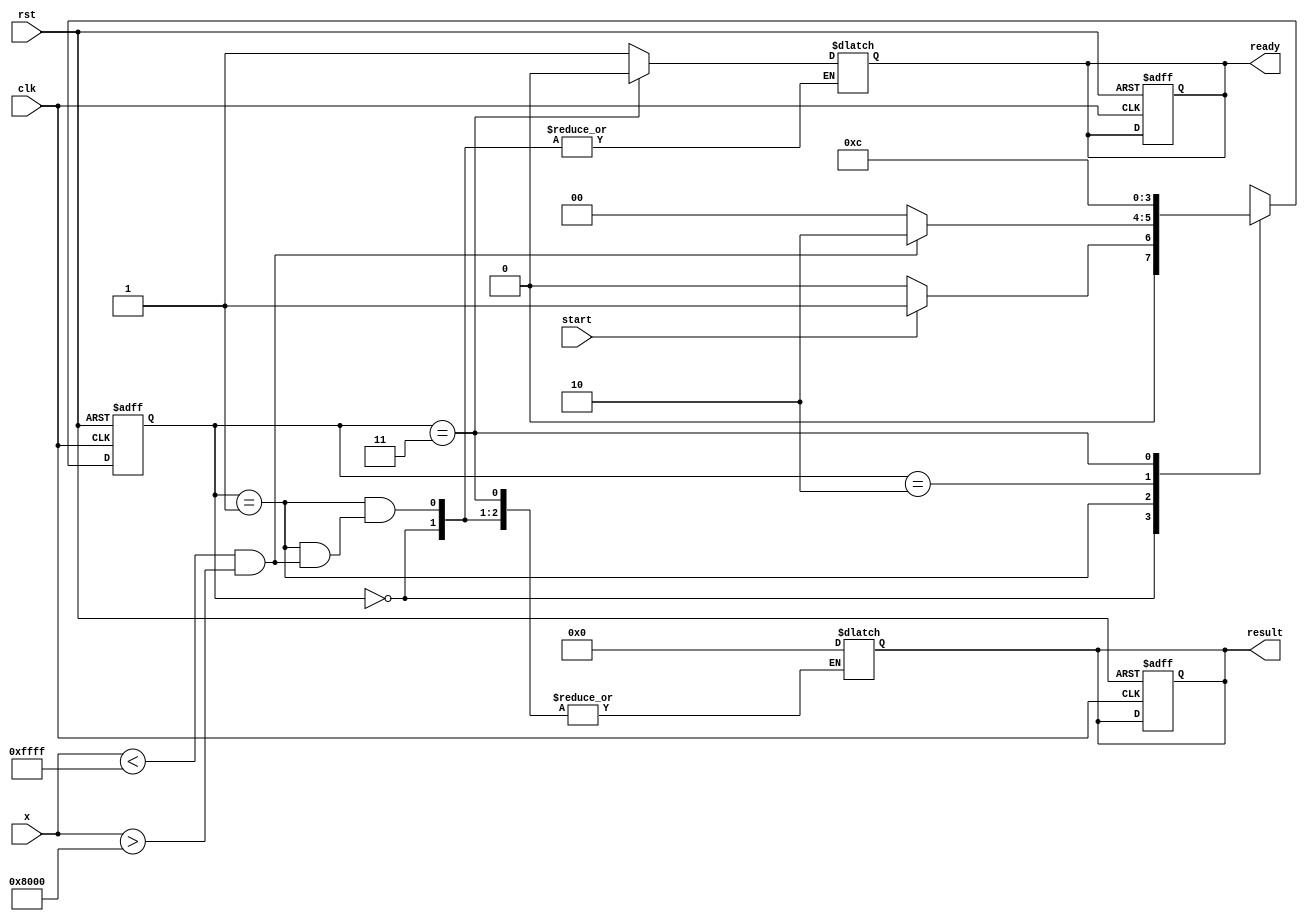
module atanh (
    input        clk,
    input        rst,
    input  [15:0] x,        //  Fixed-point input [1.15] (-1 < x < 1)
    input        start,
    output reg [15:0] result, // [1.15] output of atanh(x)
    output reg ready          // Output is ready
);
    
    parameter STATE_IDLE     = 2'b00,
              STATE_CHECK    = 2'b01,
              STATE_COMPUTE  = 2'b10,
              STATE_OUTPUT    = 2'b11;
    
    reg [1:0] state, next_state;
    
    wire signed [16:0] sum;        // 1 + x
    wire signed [16:0] diff;       // 1 - x
    wire [31:0] div_result;         // Division result (27.5)
    wire [15:0] log_result;         // Logarithm result
    wire [15:0] scaled_log;         // Result after scaling by 0.5
    
    assign sum = x + 16'h0001;          // Compute 1 + x
    assign diff = 16'h0001 - x;         // Compute 1 - x
    
    // Division logic (Fixed point [1.15] -> [3.13])
    assign div_result = (sum * 16'h0001) / (diff + 16'h0001); // avoid division by zero error

    // Placeholder Logarithm logic - Use a proper approximation method or LUT in a real implementation
    assign log_result = log_approx(div_result); // define log_approx function as needed

    // Scale the log result
    assign scaled_log = log_result >> 1; // divide the result by 2

    always @(posedge clk or posedge rst) begin
        if (rst) begin
            state <= STATE_IDLE;
            result <= 0;
            ready <= 0;
        end else begin
            state <= next_state;
        end
    end
    
    always @(*) begin
        case (state)
            STATE_IDLE: begin
                if (start) begin
                    next_state = STATE_CHECK;
                end else begin
                    next_state = STATE_IDLE;
                end
            end
            
            STATE_CHECK: begin
                if (x < 16'hFFFF && x > 16'h8000) begin // Check if x is in (-1, 1)
                    next_state = STATE_COMPUTE;
                end else begin
                    result = 16'h0000; // or output some error indication
                    ready = 1;
                    next_state = STATE_IDLE;
                end
            end
            
            STATE_COMPUTE: begin
                result = scaled_log; // Store the output
                ready = 1;           // Indicate the output is ready
                next_state = STATE_OUTPUT;
            end
            
            STATE_OUTPUT: begin
                ready = 0; // Reset ready signal
                next_state = STATE_IDLE; // Return to idle state
            end
            
            default: next_state = STATE_IDLE; // Default to idle
        endcase
    end

    // Example of logarithm approximation function (not a full design):
    function [15:0] log_approx;
        input [31:0] val;
        begin
            // Implement a simple log approximation or a lookup table here
            log_approx = 16'h0000; // Placeholder
        end
    endfunction

endmodule